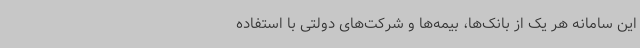
این سامانه هر یک‌ از بانک‌ها، بیمه‌ها و شرکت‌های دولتی با استفاده